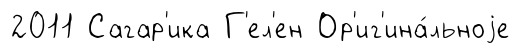
2011 Сагар'ика Г'ел'ен Ор'иг'ина́льноjе